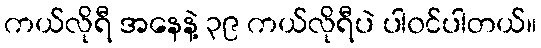
ကယ်လိုရီ အနေနဲ့ ၃၉ ကယ်လိုရီပဲ ပါ၀င်ပါတယ်။